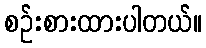
စဉ်းစားထားပါတယ်။